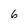
Character: 6